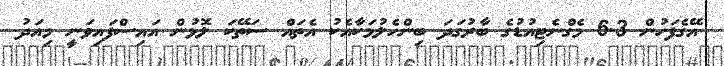
އޭގެފަހުން 6.3 މެގްނެޓިއުޑުގެ ބާރުގަދަ ބިންހެލުމަކާއެކު އެތައް ސަތޭކަ ލޮޅުން އައިސްފައިވަނީ މިއަދު